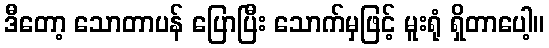
ဒီတော့ သောတာပန် ပြောပြီး သောက်မှဖြင့် မူးရုံ ရှိတာပေါ့။